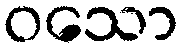
ဝသော